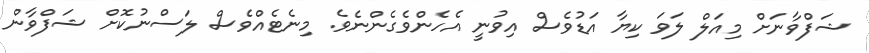
ޝަފްވާނަށް މިއަލް ލަވަ ކިޔާ އަޑުވެސް އިވުނީ އެހެންވެގެންނެވެ. މިނެޓެއްވެސް ލަސްނުކޮށް ޝަފްވާން